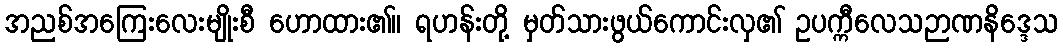
အညစ်အကြေးလေးမျိုးစီ ဟောထား၏။ ရဟန်းတို့ မှတ်သားဖွယ်ကောင်းလှ၏ ဥပက္ကီလေသဉာဏနိဒ္ဒေသ